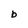
Character: b